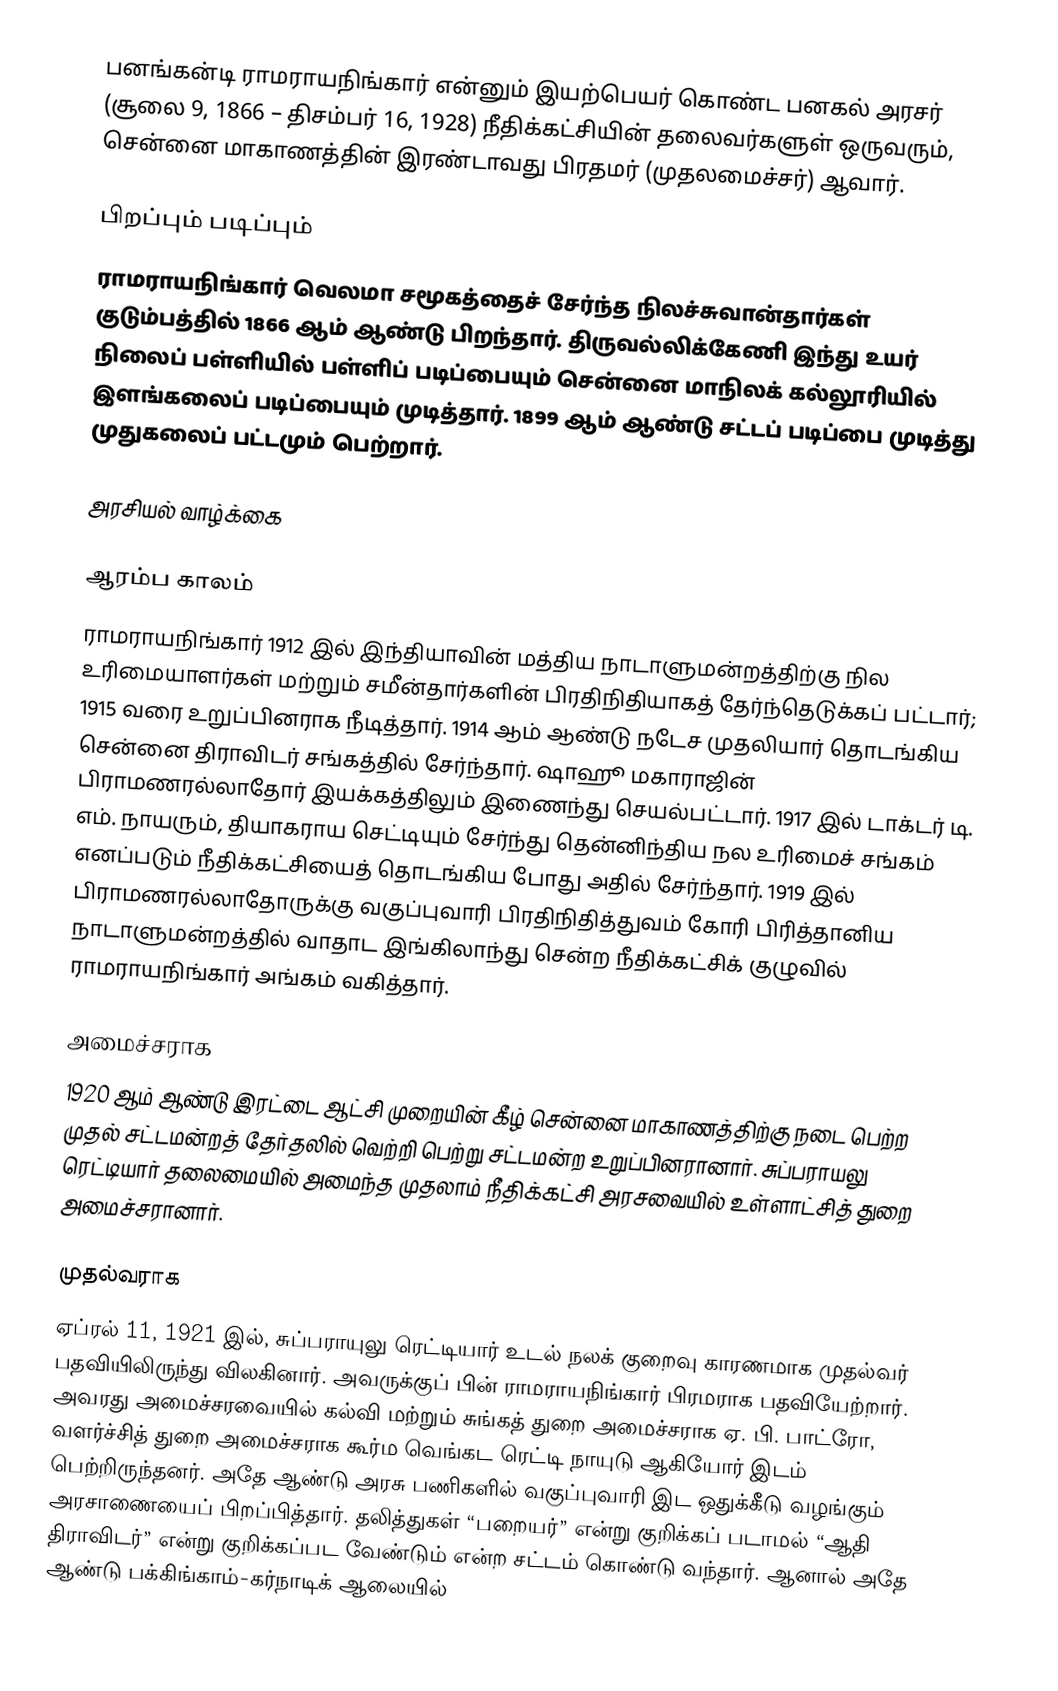
பனங்கன்டி ராமராயநிங்கார் என்னும் இயற்பெயர் கொண்ட பனகல் அரசர் (சூலை 9, 1866 – திசம்பர் 16, 1928) நீதிக்கட்சியின் தலைவர்களுள் ஒருவரும், சென்னை மாகாணத்தின் இரண்டாவது பிரதமர்  (முதலமைச்சர்) ஆவார்.

பிறப்பும் படிப்பும்
ராமராயநிங்கார் வெலமா சமூகத்தைச் சேர்ந்த நிலச்சுவான்தார்கள் குடும்பத்தில் 1866 ஆம் ஆண்டு பிறந்தார். திருவல்லிக்கேணி இந்து உயர் நிலைப் பள்ளியில் பள்ளிப் படிப்பையும்  சென்னை மாநிலக் கல்லூரியில் இளங்கலைப் படிப்பையும் முடித்தார். 1899 ஆம் ஆண்டு சட்டப் படிப்பை முடித்து முதுகலைப் பட்டமும் பெற்றார்.

அரசியல் வாழ்க்கை

ஆரம்ப காலம்
ராமராயநிங்கார் 1912 இல் இந்தியாவின் மத்திய நாடாளுமன்றத்திற்கு நில உரிமையாளர்கள் மற்றும் சமீன்தார்களின் பிரதிநிதியாகத் தேர்ந்தெடுக்கப் பட்டார்; 1915 வரை உறுப்பினராக நீடித்தார். 1914 ஆம் ஆண்டு நடேச முதலியார் தொடங்கிய சென்னை திராவிடர் சங்கத்தில் சேர்ந்தார். ஷாஹூ மகாராஜின் பிராமணரல்லாதோர் இயக்கத்திலும் இணைந்து செயல்பட்டார். 1917 இல் டாக்டர் டி. எம். நாயரும், தியாகராய செட்டியும் சேர்ந்து தென்னிந்திய நல உரிமைச் சங்கம் எனப்படும் நீதிக்கட்சியைத் தொடங்கிய போது அதில் சேர்ந்தார். 1919 இல் பிராமணரல்லாதோருக்கு வகுப்புவாரி பிரதிநிதித்துவம் கோரி பிரித்தானிய நாடாளுமன்றத்தில் வாதாட இங்கிலாந்து சென்ற நீதிக்கட்சிக் குழுவில் ராமராயநிங்கார் அங்கம் வகித்தார்.

அமைச்சராக
1920 ஆம் ஆண்டு இரட்டை ஆட்சி முறையின் கீழ் சென்னை மாகாணத்திற்கு நடை பெற்ற முதல் சட்டமன்றத் தேர்தலில் வெற்றி பெற்று சட்டமன்ற உறுப்பினரானார். சுப்பராயலு ரெட்டியார் தலைமையில் அமைந்த முதலாம் நீதிக்கட்சி அரசவையில் உள்ளாட்சித் துறை அமைச்சரானார்.

முதல்வராக
ஏப்ரல் 11, 1921 இல், சுப்பராயுலு ரெட்டியார் உடல் நலக் குறைவு காரணமாக முதல்வர் பதவியிலிருந்து விலகினார். அவருக்குப் பின் ராமராயநிங்கார் பிரமராக பதவியேற்றார். அவரது அமைச்சரவையில் கல்வி மற்றும் சுங்கத் துறை அமைச்சராக ஏ. பி. பாட்ரோ, வளர்ச்சித் துறை அமைச்சராக கூர்ம வெங்கட ரெட்டி நாயுடு ஆகியோர் இடம் பெற்றிருந்தனர். அதே ஆண்டு அரசு பணிகளில் வகுப்புவாரி இட ஒதுக்கீடு வழங்கும் அரசாணையைப் பிறப்பித்தார். தலித்துகள் “பறையர்” என்று குறிக்கப் படாமல் “ஆதி திராவிடர்” என்று குறிக்கப்பட வேண்டும் என்ற சட்டம் கொண்டு வந்தார். ஆனால் அதே ஆண்டு பக்கிங்காம்-கர்நாடிக் ஆலையில்